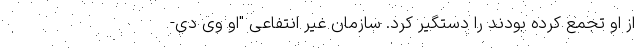
از او تجمع کرده بودند را دستگیر کرد. سازمان غیر انتفاعی "او وی دی-